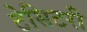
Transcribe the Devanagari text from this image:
टेसिटरी